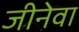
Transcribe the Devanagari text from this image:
जीनेवा